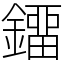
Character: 鐂